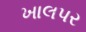
ખાલપર